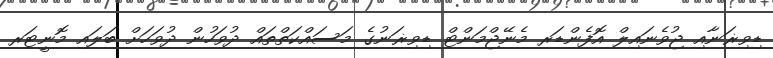
ޑިވިޜަނާއި ޖުވެނައިލް އޮފެންޑަރ މެނޭޖްމަންޓް ޑިވިޜަނުގެ މަސައްކަތްތައް ދުވަހުން ދުވަހަށް ބަލައި މޮނީޓަރ